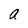
Character: a